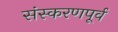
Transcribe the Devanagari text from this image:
संस्करणपूर्व